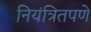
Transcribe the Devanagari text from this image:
नियंत्रितपणे